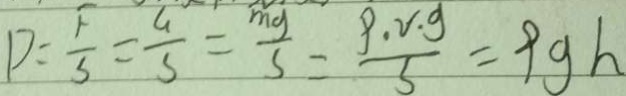
P = \frac { F } { s } = \frac { G } { s } = \frac { m g } { s } = \frac { \rho . r . g } { s } = \rho g h